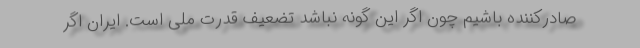
صادرکننده باشیم چون اگر این گونه نباشد تضعیف قدرت ملی است. ایران اگر